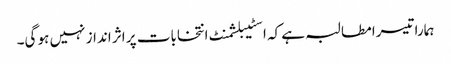
ہمارا تیسرا مطالبہ ہے کہ اسٹیبلشمنٹ انتخابات پر اثر انداز نہیں ہو گی۔